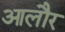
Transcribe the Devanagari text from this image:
आलौर